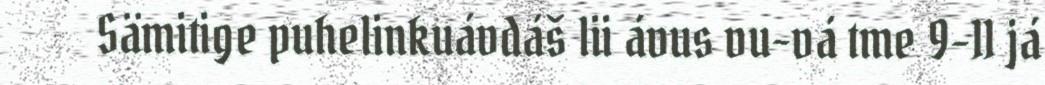
Sämitige puhelinkuávdáš lii ávus vu-vá tme 9-11 já